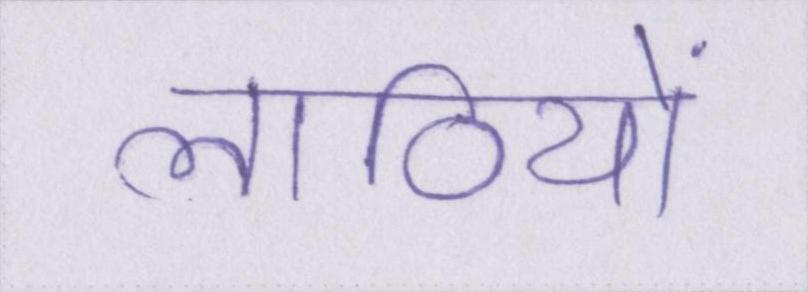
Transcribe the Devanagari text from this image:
लाठियों